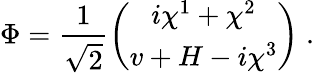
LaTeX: \Phi=\frac{1}{\sqrt{2}}\left(\begin{array}{c}{{i\chi^{1}+\chi^{2}}}\\ {{v+H-i\chi^{3}}}\end{array}\right)\; .